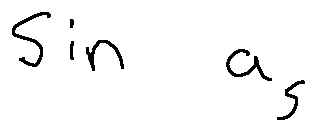
\sin a _ { S }